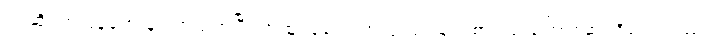
ရင်ဆိုင်တုံ့ပြန်ခဲ့တာနဲ့ ပတ်သက်ပြီး အထူးပြုလေ့လာသုံးသပ်ချက်စာတမ်းကြောင့်ဆုရရှိခဲ့တာလည်း